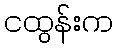
ငထွန်းက